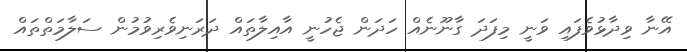
އޭނާ ވިދާޅުވެފައި ވަނީ މިފަދަ ގާނޫނެއް ހަދަން ޖެހުނީ އާއިލާތައް ދަރަނިވެރިވުމުން ސަލާމަތްތައް